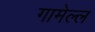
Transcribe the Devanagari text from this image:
गामेल्ल